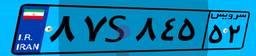
۴۷S۵۰۴۴۳